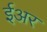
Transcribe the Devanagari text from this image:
ईअर